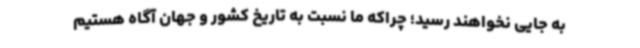
به جایی نخواهند رسید؛ چراکه ما نسبت به تاریخ کشور و جهان آگاه هستیم